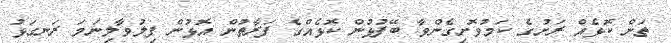
ތަން ކޮޅެއް ރަށުގެ ކަމުވޮށިގެންވާ ބޭފުޅުން ކޮޅެއްގެ ފަރާތުން އޮޅުން ފިލުވާލިނަމަ ރަނގަޅު